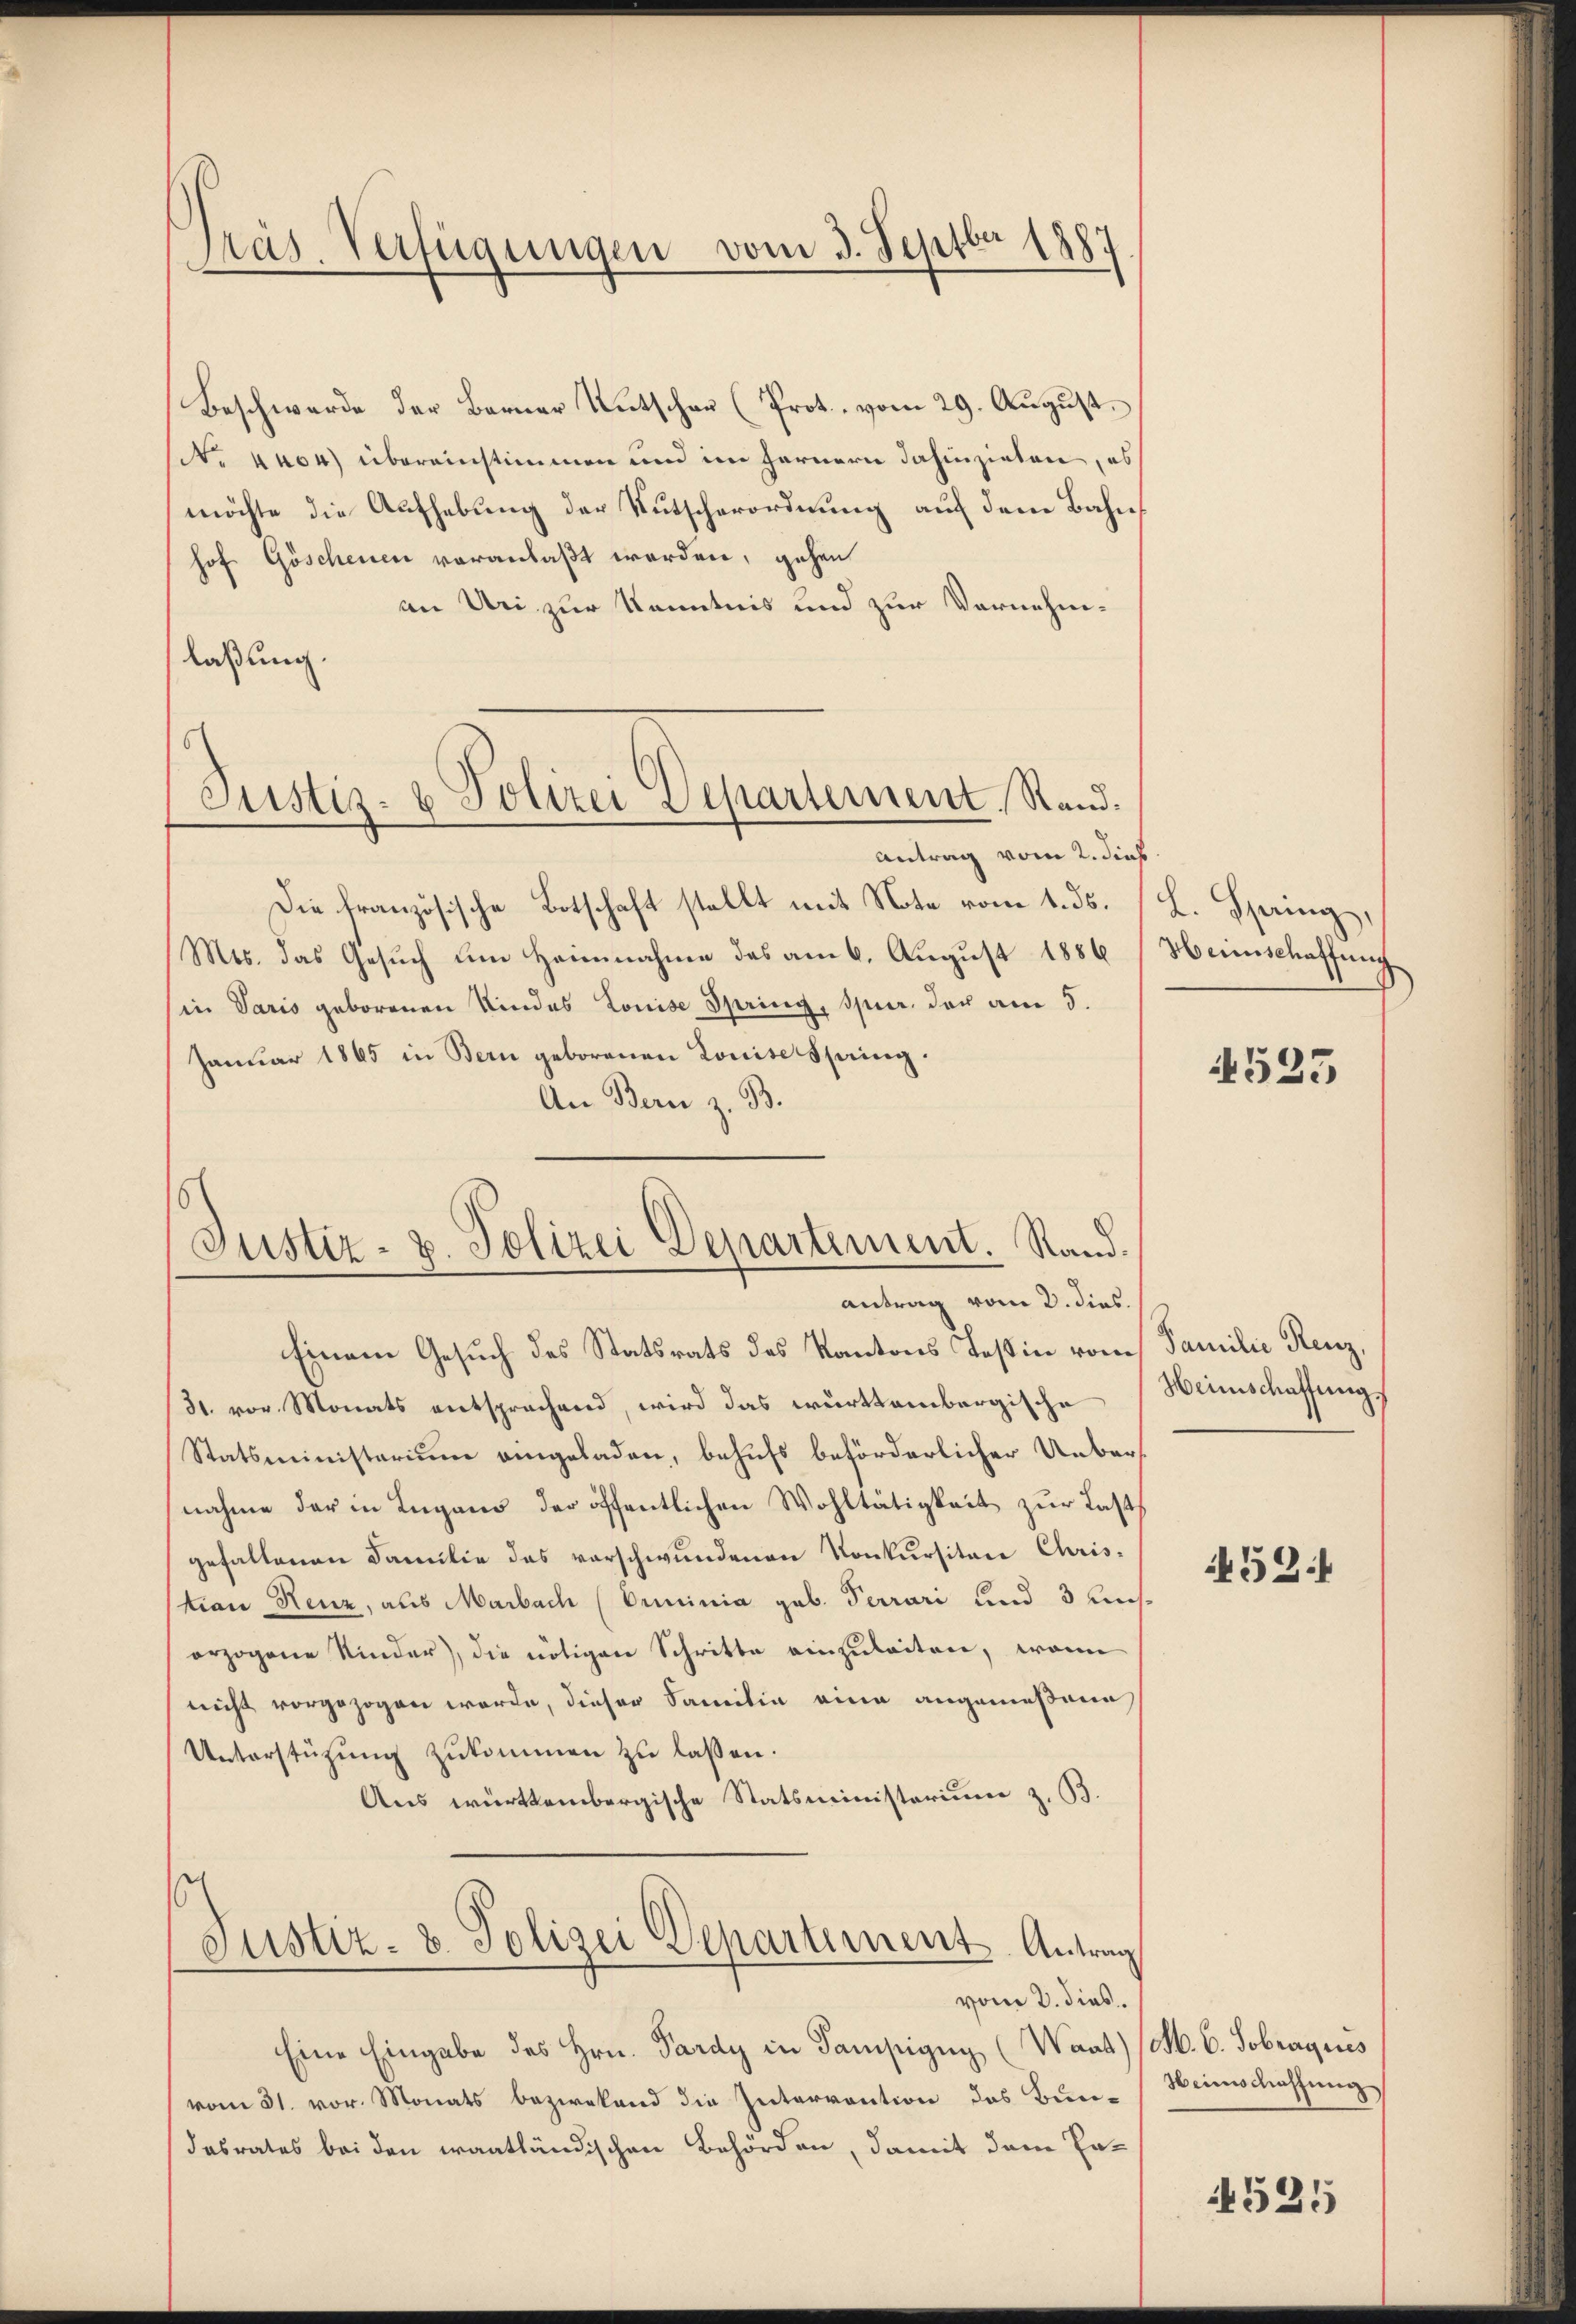
Präs. Verfügungen vom 3. Septbr 1887

Beschwerde der Berner Untscher (Prot. vom 29. August.
N. knor) übereinstimmen und im fernern dahinzielen, es
möchte die Aufhebung der Kutscherordnung auf dem Bahnhof Göschenen veranlaßt worden, gehen
an Uri zur Kenntnis und zur Vornehmlaßung.
Antrag vom 2. Dieb.
Die französische Botschaft stellt mit Note vom 1. ds.
Mts. das Gesuch um Heinnahme das am 6. August 1886
(in Varis geborenen Kindes Louise Spring, Spur, das am 5.
Januar 1865 in Bern geborenen Louise Spring.
An Bern z. B.
Einem Gesuch des Statsrats des Kantons Teßin von Familie Renz,
31. vor. Monats entsprachend, wird das württembergische
Statsministerium eingeladen, behufs beförderlicher Uebernahme der in Lugano der öffentlichen Wohltätigkeit zur Last
gefallenen Familie des vorschwundenen Konkursitar Chris-
tian Renz, aus Marbach (Orinia geb. Perrari und 3 ausorzogene Kinder), die nötigen Schritte einzuleiten, wenn
nicht vorgezogen werde, dieser Familie eine angemeßene
Unterstützŭng zukommen zu lassen.
Aus württembergische Statsministerium z. B.
Justiz- & Polizei Departement. Antrag
vom 2. dies
Eine Eingabe des Hrn. Pardy in Sampigug (Waat) (S. 6. Sobraquis
vom 31. vor. Monats bezwekend die Intervention das Bundasrates bei den wantländischen Behörden, damit dem En¬

Justiz- & Polizei Departement, Stand.

Justiz- u. Polizei Departement. Stand.
antrag vom 2. dies

L. Spring,
Heimschaffung.

4535

Heimschaffung

459.

Heimschaffung

1525